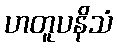
ဟတူပနိသံ